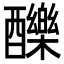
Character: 䤕